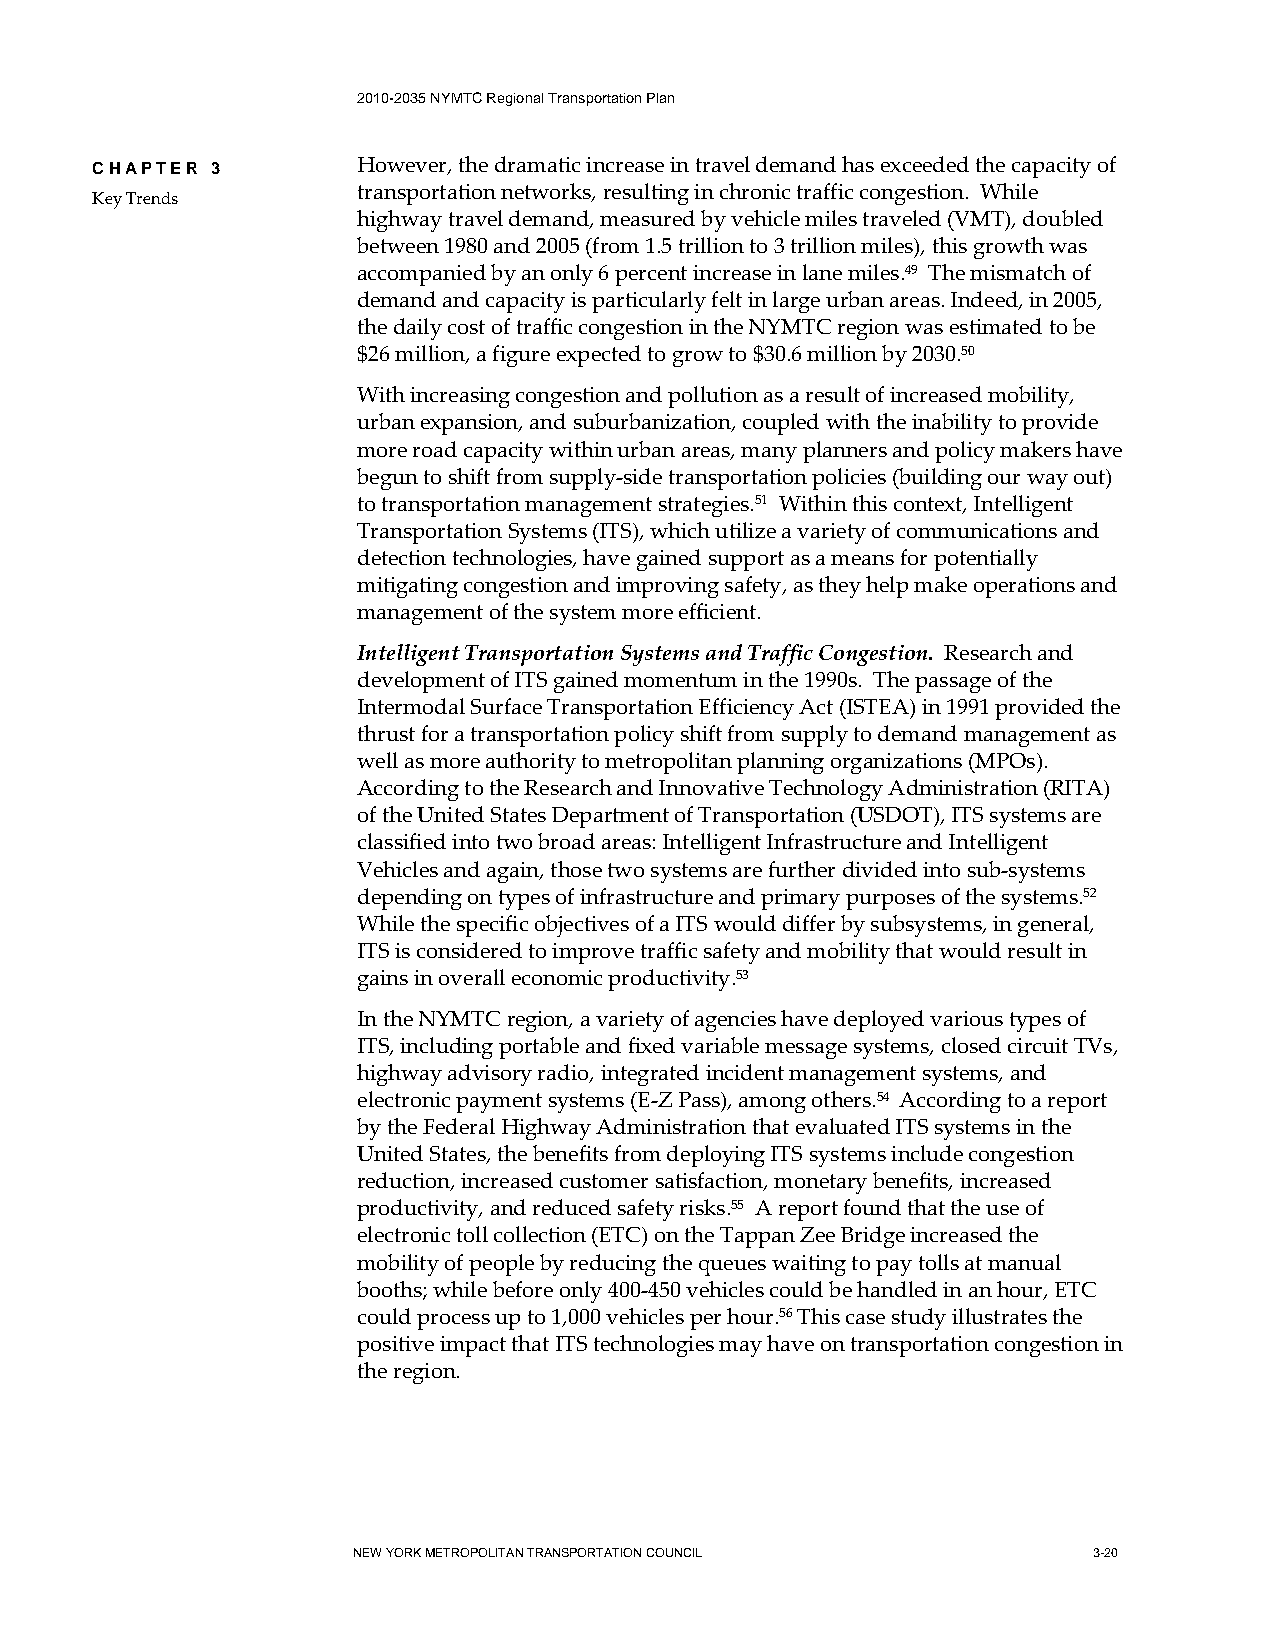
2010-2035 NYMTC Regional Transportation Plan
 CHAPTER 3         However, the dramatic increase in travel demand has exceeded the capacity of
 transportation networks, resulting in chronic traffic congestion. While
 Key Trends
 highway travel demand, measured by vehicle miles traveled (VMT), doubled
 between 1980 and 2005 (from 1.5 trillion to 3 trillion miles), this growth was
 accompanied by an only 6 percent increase in lane miles.49 The mismatch of
 demand and capacity is particularly felt in large urban areas. Indeed, in 2005,
 the daily cost of traffic congestion in the NYMTC region was estimated to be
 $26 million, a figure expected to grow to $30.6 million by 2030.50
 With increasing congestion and pollution as a result of increased mobility,
 urban expansion, and suburbanization, coupled with the inability to provide
 more road capacity within urban areas, many planners and policy makers have
 begun to shift from supply-side transportation policies (building our way out)
 to transportation management strategies.51 Within this context, Intelligent
 Transportation Systems (ITS), which utilize a variety of communications and
 detection technologies, have gained support as a means for potentially
 mitigating congestion and improving safety, as they help make operations and
 management of the system more efficient.
 Intelligent Transportation Systems and Traffic Congestion. Research and
 development of ITS gained momentum in the 1990s. The passage of the
 Intermodal Surface Transportation Efficiency Act (ISTEA) in 1991 provided the
 thrust for a transportation policy shift from supply to demand management as
 well as more authority to metropolitan planning organizations (MPOs).
 According to the Research and Innovative Technology Administration (RITA)
 of the United States Department of Transportation (USDOT), ITS systems are
 classified into two broad areas: Intelligent Infrastructure and Intelligent
 Vehicles and again, those two systems are further divided into sub-systems
 depending on types of infrastructure and primary purposes of the systems.52
 While the specific objectives of a ITS would differ by subsystems, in general,
 ITS is considered to improve traffic safety and mobility that would result in
 gains in overall economic productivity.53
 In the NYMTC region, a variety of agencies have deployed various types of
 ITS, including portable and fixed variable message systems, closed circuit TVs,
 highway advisory radio, integrated incident management systems, and
 electronic payment systems (E-Z Pass), among others.54 According to a report
 by the Federal Highway Administration that evaluated ITS systems in the
 United States, the benefits from deploying ITS systems include congestion
 reduction, increased customer satisfaction, monetary benefits, increased
 productivity, and reduced safety risks.55 A report found that the use of
 electronic toll collection (ETC) on the Tappan Zee Bridge increased the
 mobility of people by reducing the queues waiting to pay tolls at manual
 booths; while before only 400-450 vehicles could be handled in an hour, ETC
 could process up to 1,000 vehicles per hour.56 This case study illustrates the
 positive impact that ITS technologies may have on transportation congestion in
 the region.
 NEW YORK METROPOLITAN TRANSPORTATION COUNCIL     3-20